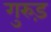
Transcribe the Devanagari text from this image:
गुरुड़